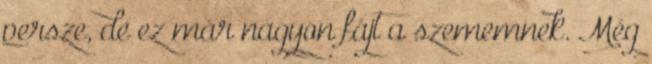
persze, de ez már nagyon fájt a szememnek. Még